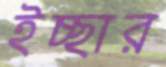
ইচ্ছার